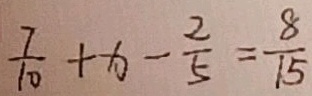
\frac { 7 } { 1 0 } + x - \frac { 2 } { 5 } = \frac { 8 } { 1 5 }